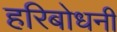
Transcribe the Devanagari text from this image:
हरिबोधनी